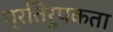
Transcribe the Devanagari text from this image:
प्रतिरुपकता